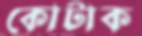
কোটাক